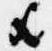
歟